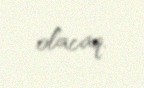
olacaq.